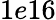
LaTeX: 1e16